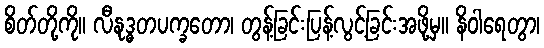
စိတ်တို့ကို။ လီနုဒ္ဓတပက္ခတော၊ တွန့်ခြင်းပြန့်လွင့်ခြင်းအဖို့မှ။ နိဝါရေတွာ၊